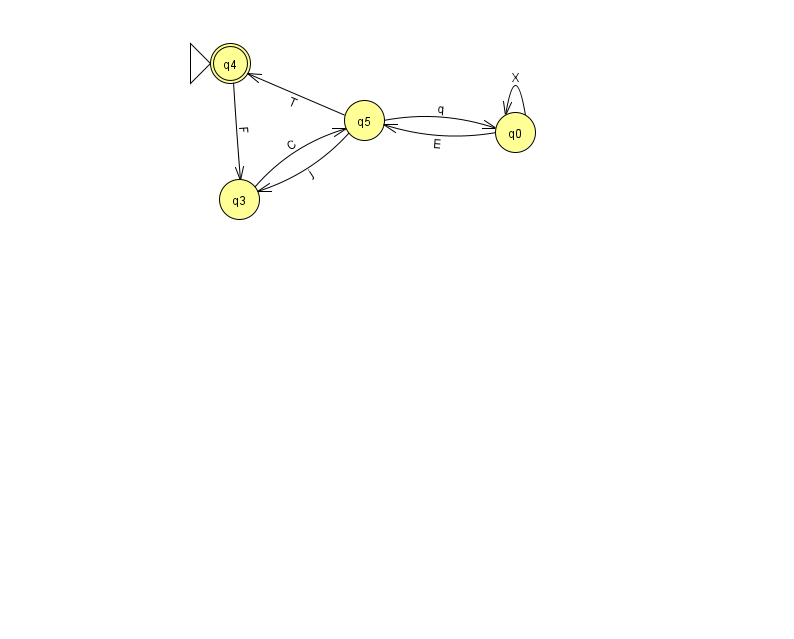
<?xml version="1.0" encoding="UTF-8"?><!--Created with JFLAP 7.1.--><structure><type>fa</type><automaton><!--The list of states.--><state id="0" name="q0"><x>515.0</x><y>119.0</y></state><state id="3" name="q3"><x>239.0</x><y>186.0</y></state><state id="4" name="q4"><x>230.0</x><y>50.0</y><initial/><final/></state><state id="5" name="q5"><x>364.0</x><y>107.0</y></state><!--The list of transitions.--><transition><from>4</from><to>3</to><read>F</read></transition><transition><from>5</from><to>0</to><read>q</read></transition><transition><from>5</from><to>3</to><read>j</read></transition><transition><from>0</from><to>5</to><read>E</read></transition><transition><from>0</from><to>0</to><read>X</read></transition><transition><from>3</from><to>5</to><read>C</read></transition><transition><from>5</from><to>4</to><read>T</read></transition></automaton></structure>